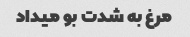
مرغ به شدت بو میداد